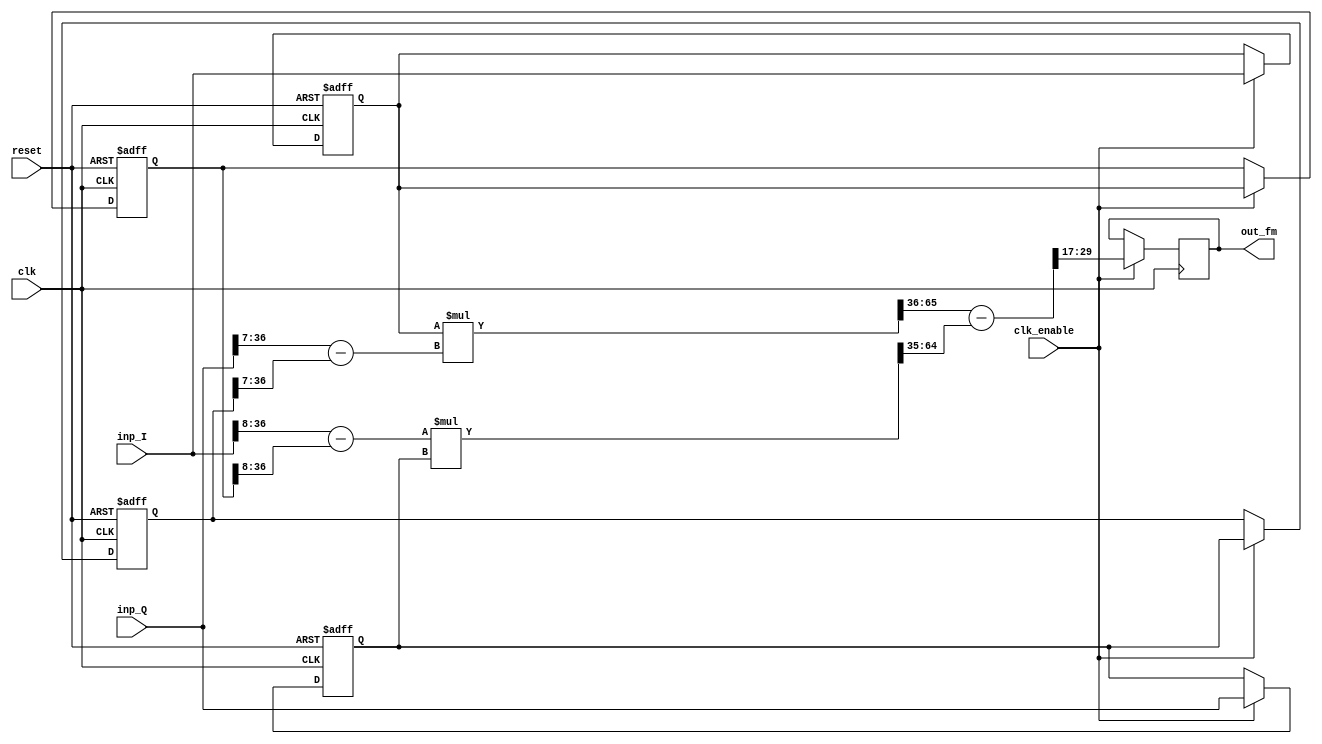
`timescale 1 ns / 1 ns

module FM_demodulator
          (
           clk,
           reset,
           clk_enable,
           inp_I,
           inp_Q,
           out_fm
          );



  input   clk;
  input   reset;
  input   clk_enable;
  input   signed [38:0] inp_I;  // sfix39_En36
  input   signed [38:0] inp_Q;  // sfix39_En36
  output  [12:0] out_fm;  // ufix13_En12

  wire enb;
  reg signed [38:0] Delay1_out1;  // sfix39_En36
  reg signed [38:0] Delay2_out1;  // sfix39_En36
  reg signed [38:0] Delay4_out1;  // sfix39_En36
  wire signed [31:0] Sum4_sub_cast;  // sfix32_En29
  wire signed [31:0] Sum4_sub_cast_1;  // sfix32_En29
  wire signed [31:0] Sum4_sub_temp;  // sfix32_En29
  wire signed [29:0] Sum4_out1;  // sfix30_En29
  wire signed [68:0] Product_mul_temp;  // sfix69_En65
  wire signed [32:0] Product_out1;  // sfix33_En31
  reg signed [38:0] Delay3_out1;  // sfix39_En36
  wire signed [30:0] Sum3_sub_cast;  // sfix31_En28
  wire signed [30:0] Sum3_sub_cast_1;  // sfix31_En28
  wire signed [30:0] Sum3_sub_temp;  // sfix31_En28
  wire signed [28:0] Sum3_out1;  // sfix29_En28
  wire signed [67:0] Product2_mul_temp;  // sfix68_En64
  wire signed [32:0] Product2_out1;  // sfix33_En31
  wire signed [31:0] Sum5_sub_cast;  // sfix32_En29
  wire signed [31:0] Sum5_sub_cast_1;  // sfix32_En29
  wire signed [31:0] Sum5_sub_temp;  // sfix32_En29
  wire [12:0] OUTPUT_rsvd;  // ufix13_En12
  reg [12:0] OUTPUT_rsvdreg;


  assign enb = clk_enable;

  always @(posedge clk or posedge reset)
    begin : Delay1_process
      if (reset == 1'b1) begin
        Delay1_out1 <= 39'sh0000000000;
      end
      else begin
        if (enb) begin
          Delay1_out1 <= inp_I;
        end
      end
    end



  always @(posedge clk or posedge reset)
    begin : Delay2_process
      if (reset == 1'b1) begin
        Delay2_out1 <= 39'sh0000000000;
      end
      else begin
        if (enb) begin
          Delay2_out1 <= inp_Q;
        end
      end
    end



  always @(posedge clk or posedge reset)
    begin : Delay4_process
      if (reset == 1'b1) begin
        Delay4_out1 <= 39'sh0000000000;
      end
      else begin
        if (enb) begin
          Delay4_out1 <= Delay2_out1;
        end
      end
    end



  assign Sum4_sub_cast = inp_Q[38:7];
  assign Sum4_sub_cast_1 = Delay4_out1[38:7];
  assign Sum4_sub_temp = Sum4_sub_cast - Sum4_sub_cast_1;
  assign Sum4_out1 = Sum4_sub_temp[29:0];



  assign Product_mul_temp = Delay1_out1 * Sum4_out1;
  assign Product_out1 = Product_mul_temp[66:34];



  always @(posedge clk or posedge reset)
    begin : Delay3_process
      if (reset == 1'b1) begin
        Delay3_out1 <= 39'sh0000000000;
      end
      else begin
        if (enb) begin
          Delay3_out1 <= Delay1_out1;
        end
      end
    end



  assign Sum3_sub_cast = inp_I[38:8];
  assign Sum3_sub_cast_1 = Delay3_out1[38:8];
  assign Sum3_sub_temp = Sum3_sub_cast - Sum3_sub_cast_1;
  assign Sum3_out1 = Sum3_sub_temp[28:0];



  assign Product2_mul_temp = Sum3_out1 * Delay2_out1;
  assign Product2_out1 = Product2_mul_temp[65:33];



  assign Sum5_sub_cast = {Product_out1[32], Product_out1[32:2]};
  assign Sum5_sub_cast_1 = {Product2_out1[32], Product2_out1[32:2]};
  assign Sum5_sub_temp = Sum5_sub_cast - Sum5_sub_cast_1;
  assign OUTPUT_rsvd = Sum5_sub_temp[29:17];

always @(posedge clk)
    begin : OUTPUT_rsvdreg_process    
        if (enb) begin
          OUTPUT_rsvdreg <= OUTPUT_rsvd;
       end
    end

  assign out_fm = OUTPUT_rsvdreg;


endmodule  // FM_demodulator